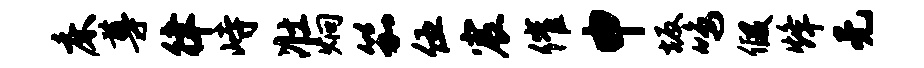
床尊律峙壮炯笳伍宸催申坂鸣假烽无